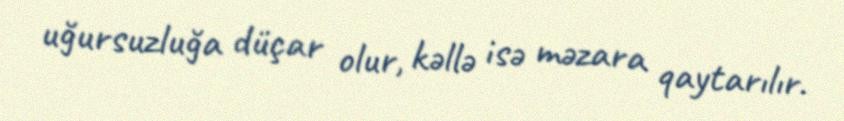
uğursuzluğa düçar olur, kəllə isə məzara qaytarılır.